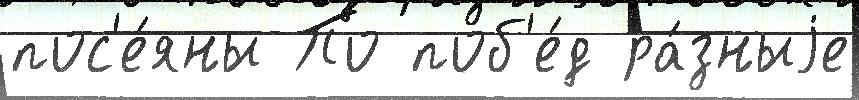
пос'е́яны По поб'е́д ра́зныjе